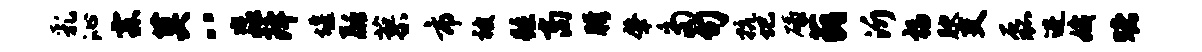
乳沁霖莫八淼降堰融蓼市被踵商胯肇多句抗圮碌藐沂福腴吏磊进娥赌